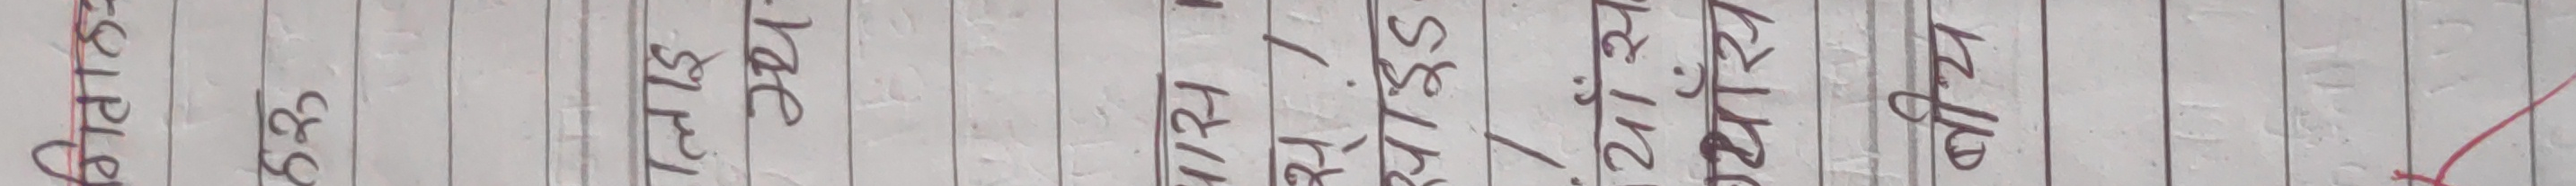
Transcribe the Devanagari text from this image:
कोटक १३९ पुर्ख्य ४/१५ ४९/४५ २१/२४ कोष